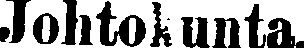
Johtokunta.